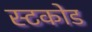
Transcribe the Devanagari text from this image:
स्टकोड